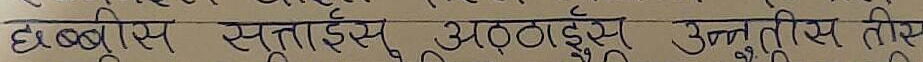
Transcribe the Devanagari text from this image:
छब्बीस सत्ताईस अट्ठाईस उनतीस तीस